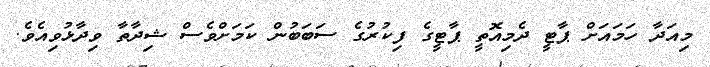
މިއަދާ ހަމައަށް ޕާޓީ ދެމިއޮތީ ޕާޓީގެ ފިކުރުގެ ސަބަބުން ކަމަށްވެސް ޝިދާތާ ވިދާޅުވިއެވެ.